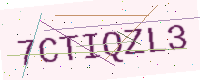
Text: 7CTIQZL3